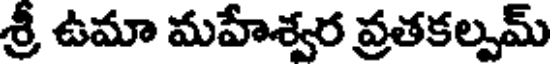
శ్రీ ఉమా మహేశ్వర వ్రతకల్పమ్